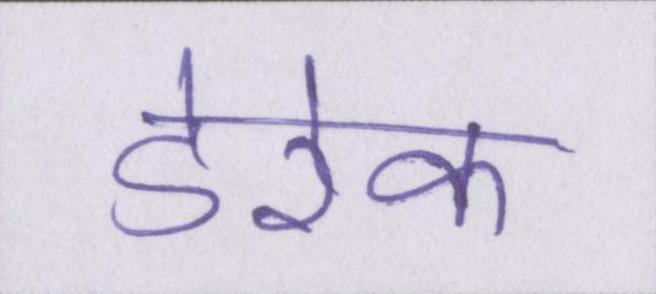
डेरेक